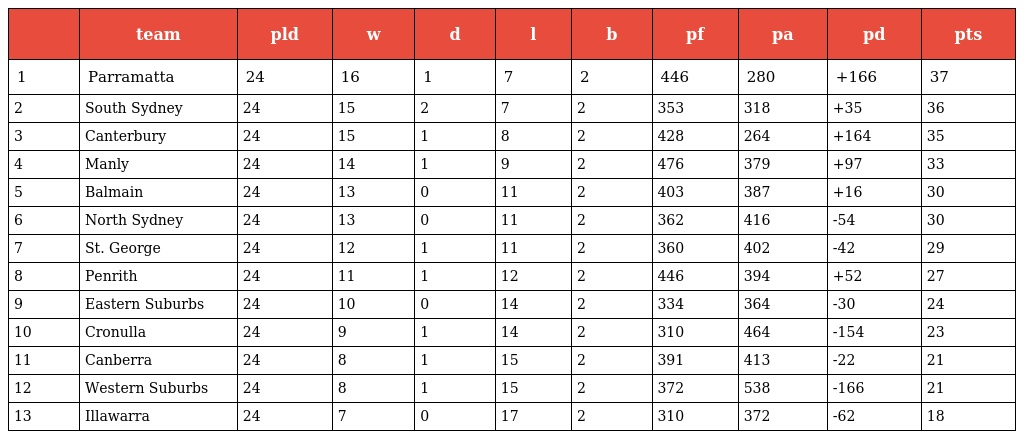
|  | team | pld | w | d | l | b | pf | pa | pd | pts |
 | --- | --- | --- | --- | --- | --- | --- | --- | --- | --- | --- |
 | 1 | Parramatta | 24 | 16 | 1 | 7 | 2 | 446 | 280 | +166 | 37 |
 | 2 | South Sydney | 24 | 15 | 2 | 7 | 2 | 353 | 318 | +35 | 36 |
 | 3 | Canterbury | 24 | 15 | 1 | 8 | 2 | 428 | 264 | +164 | 35 |
 | 4 | Manly | 24 | 14 | 1 | 9 | 2 | 476 | 379 | +97 | 33 |
 | 5 | Balmain | 24 | 13 | 0 | 11 | 2 | 403 | 387 | +16 | 30 |
 | 6 | North Sydney | 24 | 13 | 0 | 11 | 2 | 362 | 416 | -54 | 30 |
 | 7 | St. George | 24 | 12 | 1 | 11 | 2 | 360 | 402 | -42 | 29 |
 | 8 | Penrith | 24 | 11 | 1 | 12 | 2 | 446 | 394 | +52 | 27 |
 | 9 | Eastern Suburbs | 24 | 10 | 0 | 14 | 2 | 334 | 364 | -30 | 24 |
 | 10 | Cronulla | 24 | 9 | 1 | 14 | 2 | 310 | 464 | -154 | 23 |
 | 11 | Canberra | 24 | 8 | 1 | 15 | 2 | 391 | 413 | -22 | 21 |
 | 12 | Western Suburbs | 24 | 8 | 1 | 15 | 2 | 372 | 538 | -166 | 21 |
 | 13 | Illawarra | 24 | 7 | 0 | 17 | 2 | 310 | 372 | -62 | 18 |